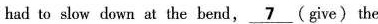
had to slow down at the bend, \underline{7} (give) the